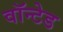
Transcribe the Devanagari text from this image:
वॉन्टेड